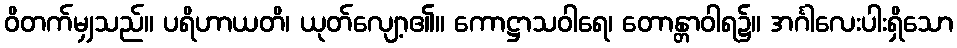
ဝိတက်မျှသည်။ ပရိဟာယတိ၊ ယုတ်လျော့၏။ ကောဋ္ဌာသဝါရေ၊ တောန္တာဝါရ၌။ အင်္ဂါလေးပါးရှိသော